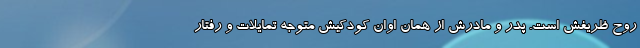
روح ظریفش است. پدر و مادرش از همان اوان کودکیش متوجه تمایلات و رفتار